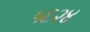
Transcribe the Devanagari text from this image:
५६२४